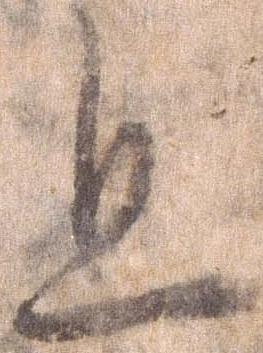
且